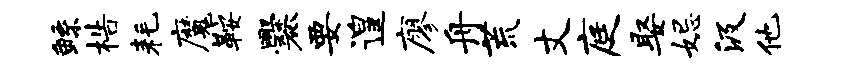
鲧梏耗魔鞍爨要遑廖舟荒丈庭娶妃汲他